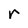
Character: r